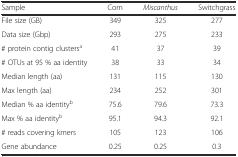
| Sample | Corn | Miscanthus | Switchgrass |
 | --- | --- | --- | --- |
 | File size (GB) | 349 | 325 | 277 |
 | Data size (Gbp) | 293 | 275 | 233 |
 | # protein contig clustersa | 41 | 37 | 39 |
 | # OTUs at 95 % aa identity | 38 | 33 | 34 |
 | Median length (aa) | 131 | 115 | 130 |
 | Max length (aa) | 234 | 252 | 301 |
 | Median % aa identityb | 75.6 | 79.6 | 73.3 |
 | Max % aa identityb | 95.1 | 94.3 | 92.1 |
 | # reads covering kmers | 105 | 123 | 106 |
 | Gene abundance | 0.25 | 0.25 | 0.3 |